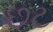
છટ